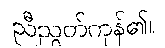
ညီညွတ်ကုန်၏။